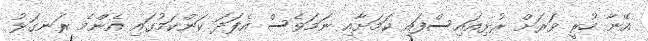
އޭނާ ހުރީ ވަރަށް ރުޅިއައިސްފައި ކަމަށާއި ނަމަވެސް އެފަދަ ކަންކަމުގައި އެންމެ ރަނގަޅު